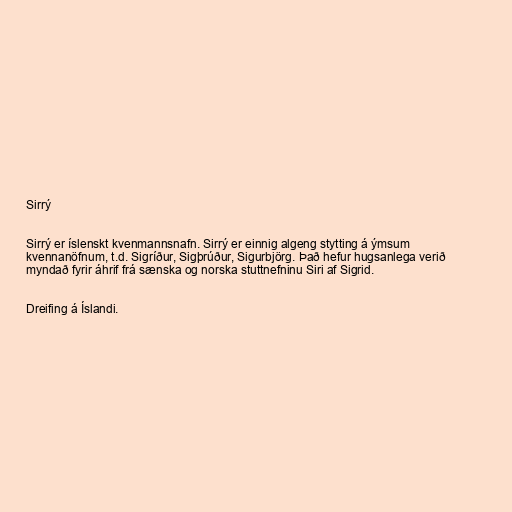
Sirrý

Sirrý er íslenskt kvenmannsnafn. Sirrý er einnig algeng stytting á ýmsum
kvennanöfnum, t.d. Sigríður, Sigþrúður, Sigurbjörg. Það hefur hugsanlega verið
myndað fyrir áhrif frá sænska og norska stuttnefninu Siri af Sigrid.

Dreifing á Íslandi.